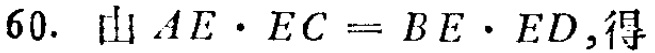
$60.\ 由\ AE\cdot EC = BE\cdot ED,得$